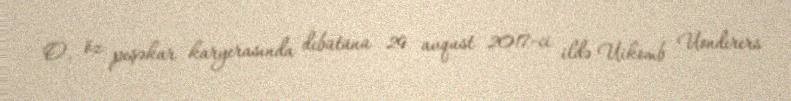
O, öz peşəkar karyerasında debütünü 29 avqust 2017-ci ildə Uikomb Uonderers